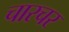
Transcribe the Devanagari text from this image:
चारचर